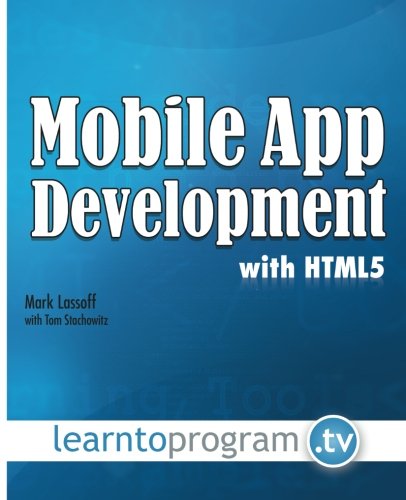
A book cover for Mobile App Development with HTML5; Mr Mark A Lassoff; Computers & Technology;